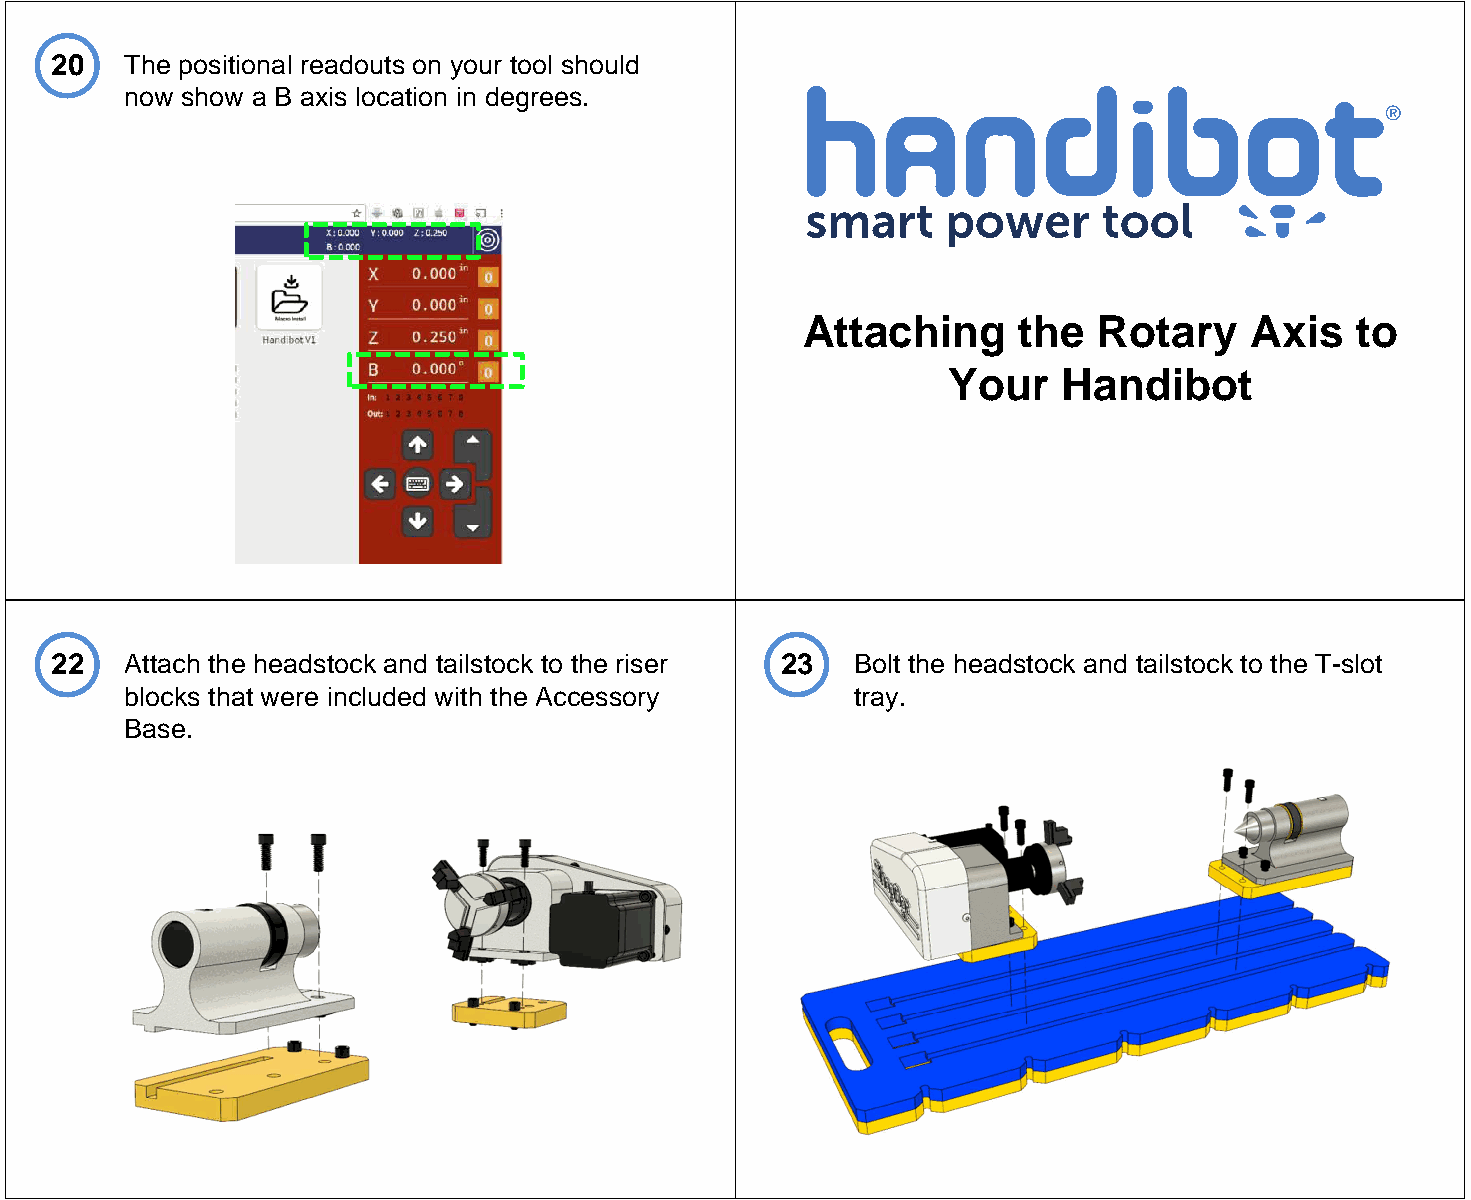
20   The positional readouts on your tool should
 now show a B axis location in degrees.
 Attaching     the   Rotary    Axis   to
 Your   Handibot
 22   Attach the headstock and tailstock to the riser 23 Bolt the headstock and tailstock to the T-slot
 blocks that were included with the Accessory     tray.
 Base.